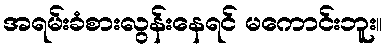
အရမ်းခံစားလွန်းနေရင် မကောင်းဘူး။